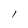
Character: l